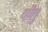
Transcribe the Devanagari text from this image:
पीतु